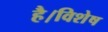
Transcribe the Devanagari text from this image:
है।विशेष